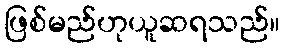
ဖြစ်မည်ဟုယူဆရသည်။